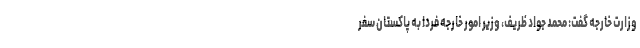
وزارت خارجه گفت: محمد جواد ظریف، وزیر امور خارجه فردا به پاکستان سفر